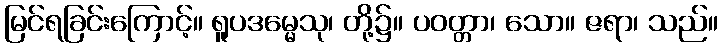
မြင်ရခြင်းကြောင့်။ ရူပဒမ္မေသု၊ တို့၌။ ပဝတ္တာ၊ သော။ ဇရာ၊ သည်။